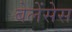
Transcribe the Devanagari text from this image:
बेलेंसेस